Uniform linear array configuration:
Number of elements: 16
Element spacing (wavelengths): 1
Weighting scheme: hamming
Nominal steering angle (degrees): -45
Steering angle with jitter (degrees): -45.371
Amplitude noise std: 0.05
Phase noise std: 0.05

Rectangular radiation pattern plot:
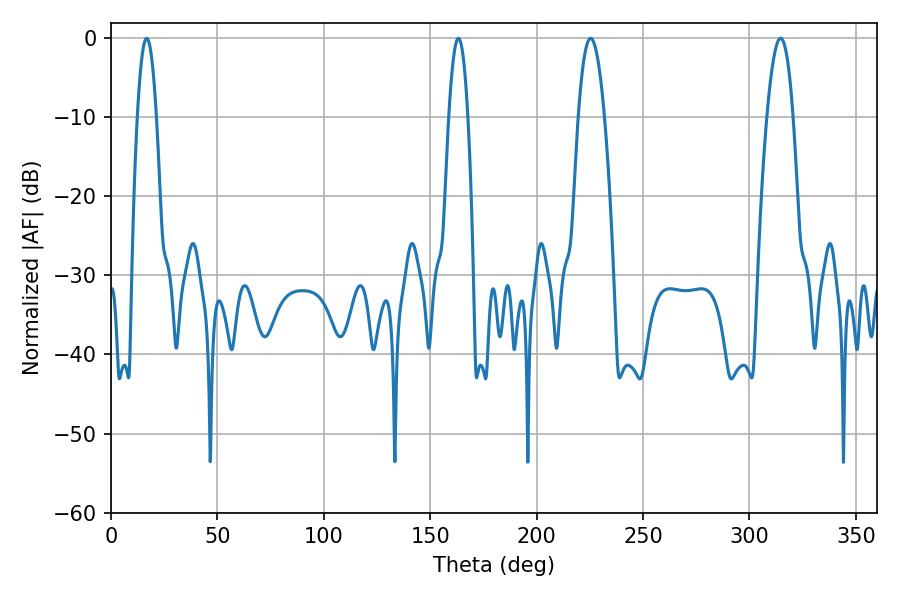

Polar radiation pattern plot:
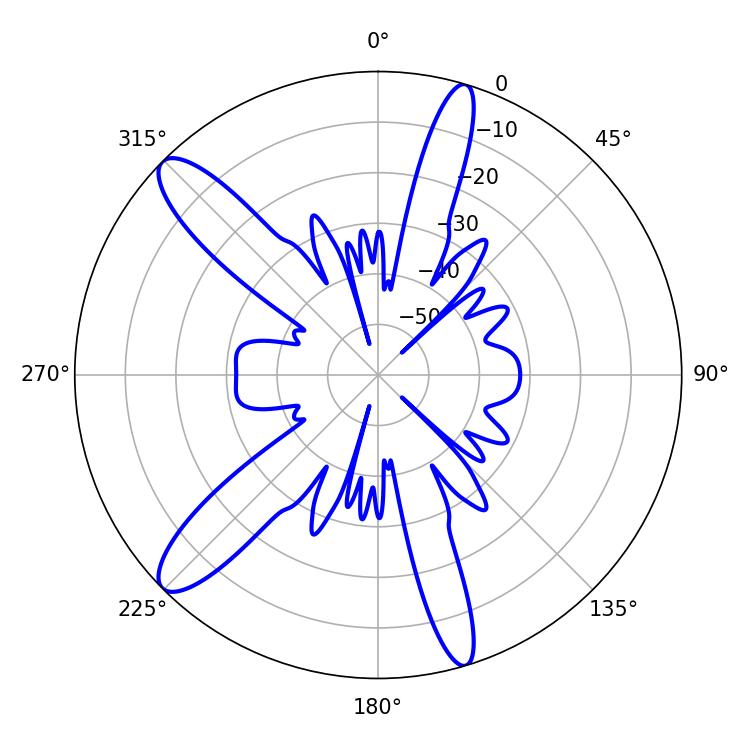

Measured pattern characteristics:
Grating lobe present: TRUE
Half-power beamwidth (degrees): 6.66
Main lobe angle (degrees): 225.36